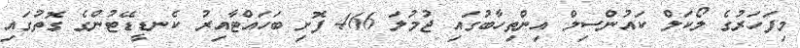
މިފަހަރުގެ ލޯކަލް ކައުންސިލް އިންތިހާބުގައި ޖުމުލަ 466 ފޮށި ބަހައްޓާއިރު ކެނޑީޑޭޓުންގެ ގޮތުގައި